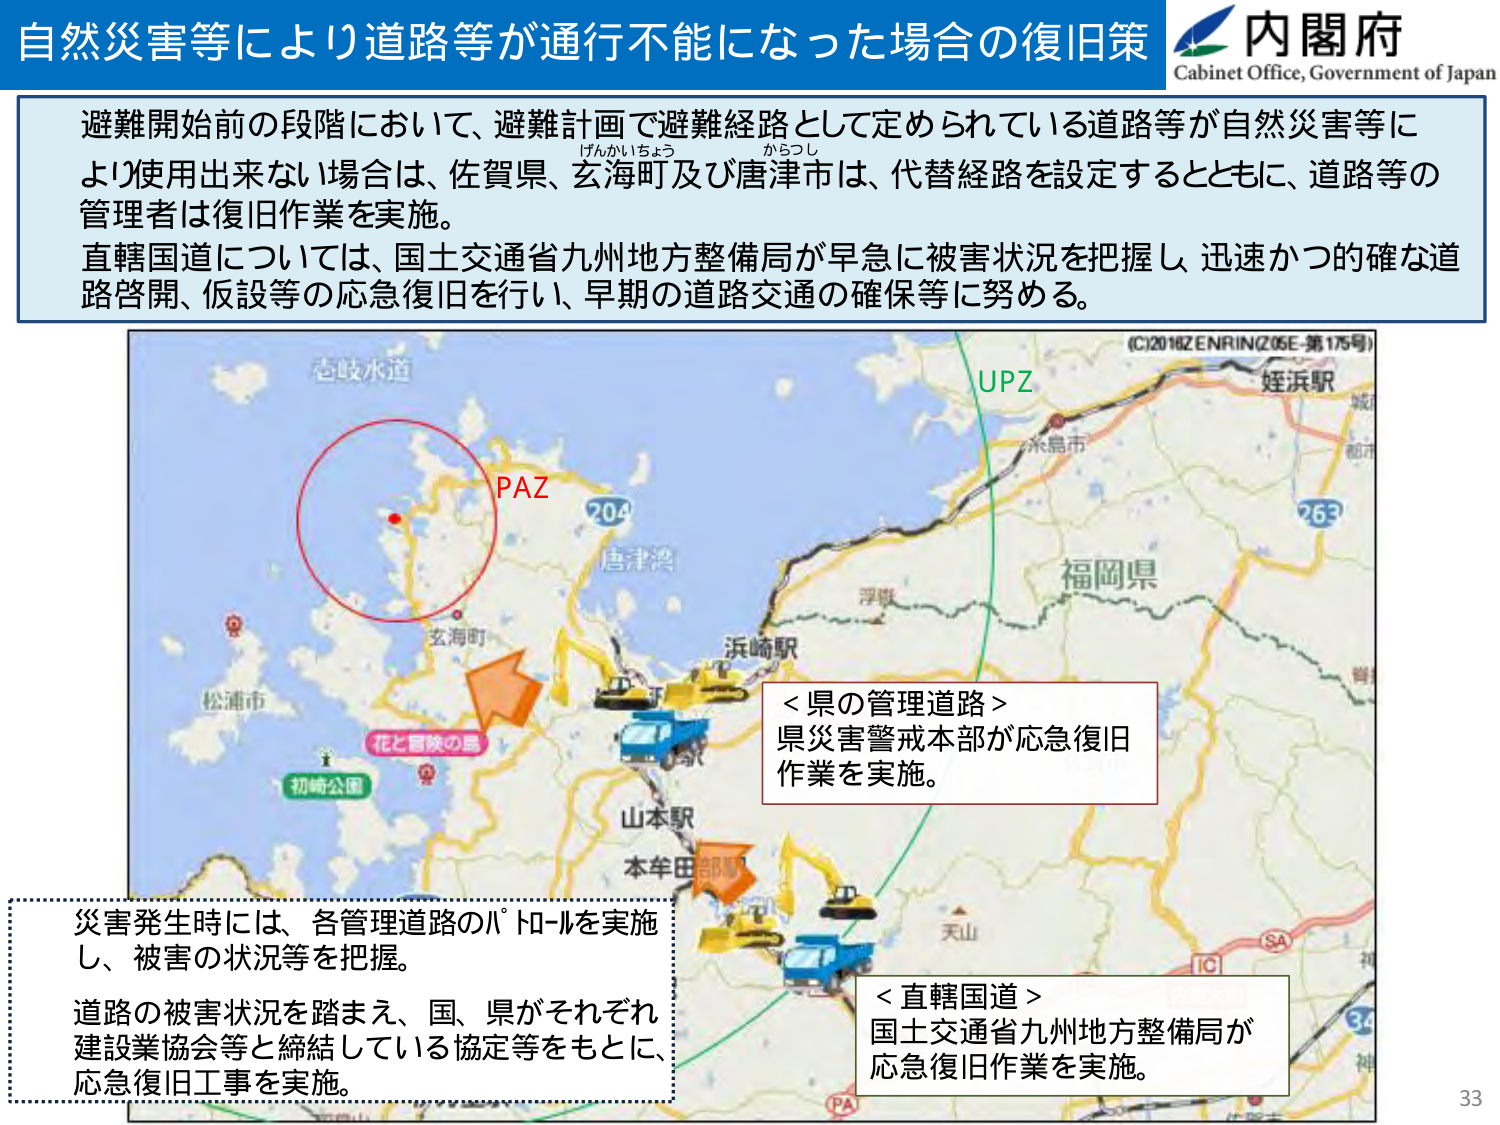
自然災害等により道路等が通行不能になった場合の復旧策
内閣府
Cabinet Office, Government of Japan

避難開始前の段階において、避難計画で避難経路として定められている道路等が自然災害等により使用出来ない場合は、佐賀県、玄海町及び唐津市は、代替経路を設定するとともに、道路等の管理者は復旧作業を実施。
直轄国道については、国土交通省九州地方整備局が早急に被害状況を把握し、迅速かつ的確な道路啓開、仮設等の応急復旧を行い、早期の道路交通の確保等に努める。

(C)2016 ZENRIN (Z05E-第175号)
志岐水道
PAZ
204
唐津湾
玄海町
松浦市
花と冒険の島
初崎公園
浜崎駅
山本駅
本牟田
天山
UPZ
糸島市
姪浜駅
福岡県
263
SA
IC
34
神
＜県の管理道路＞
県災害警戒本部が応急復旧作業を実施。

＜直轄国道＞
国土交通省九州地方整備局が応急復旧作業を実施。

災害発生時には、各管理道路のパトロールを実施し、被害の状況等を把握。
道路の被害状況を踏まえ、国、県がそれぞれ建設業協会等と締結している協定等をもとに、応急復旧工事を実施。

33